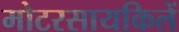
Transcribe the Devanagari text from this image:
मोटरसायकिलें